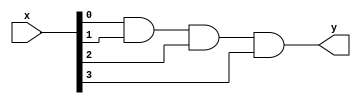
`timescale 1ns / 1ps
//////////////////////////////////////////////////////////////////////////////////
// Company: 
// Engineer: 
// 
// Design Name: 
// Module Name: AND_kask
// Project Name: 
// Target Devices: 
// Tool Versions: 
// Description: 
// 
// Dependencies: 
// 
// Revision:
// Revision 0.01 - File Created
// Additional Comments:
// 
//////////////////////////////////////////////////////////////////////////////////


module AND_kask #(parameter LENGTH=4)
(input [LENGTH-1:0]x, output y);

wire [LENGTH:0] chain;
assign chain[0] = 1'b1;

genvar i;
generate
    for(i = 0; i < LENGTH; i = i + 1)
    begin
        assign chain[i + 1] = chain[i] & x[i];
    end
endgenerate

assign y = chain[LENGTH];
endmodule